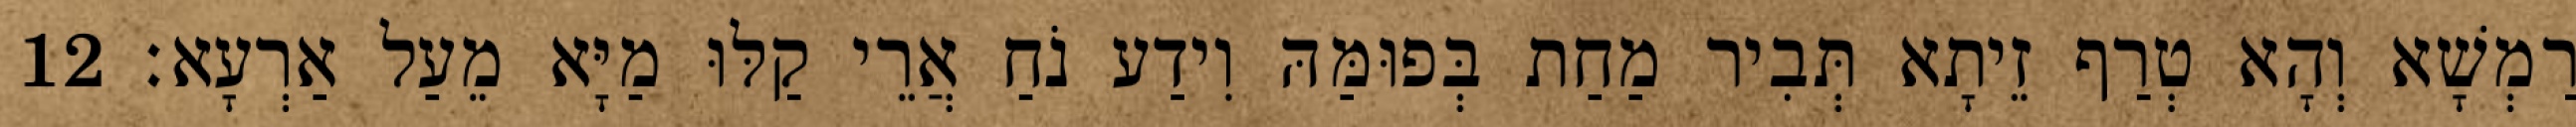
רַמְשָׁא וְהָא טְרַף זֵיתָא תְּבִיר מַחַת בְּפוּמַּהּ וִידַע נֹחַ אֲרֵי קַלּוּ מַיָּא מֵעַל אַרְעָא׃ 12